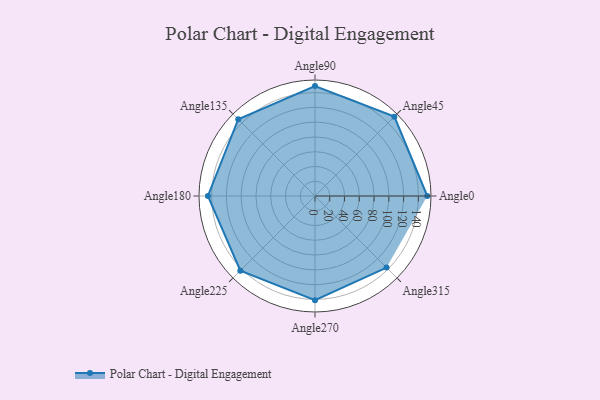
{"axis": {"x": "Angle", "y": "Radius"}, "legend": [""], "data": [{"x": "Angle0", "y": 152.0, "type": ""}, {"x": "Angle45", "y": 152.0, "type": ""}, {"x": "Angle90", "y": 149.0, "type": ""}, {"x": "Angle135", "y": 147.0, "type": ""}, {"x": "Angle180", "y": 145.0, "type": ""}, {"x": "Angle225", "y": 143.0, "type": ""}, {"x": "Angle270", "y": 141.0, "type": ""}, {"x": "Angle315", "y": 137.0, "type": ""}]}